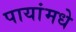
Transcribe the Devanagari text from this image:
पायांमधे